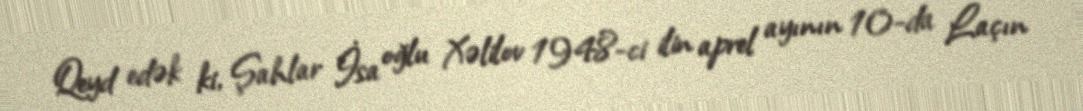
Qeyd edək ki, Şahlar İsa oğlu Xəlilov 1948-ci ilin aprel ayının 10-da Laçın